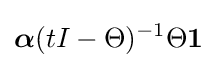
{\boldsymbol {\alpha }}(tI-\Theta )^{-1}\Theta \mathbf {1}